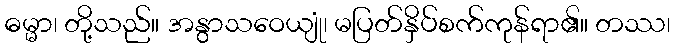
ဓမ္မာ၊ တို့သည်။ အနွာသဝေယျုံ၊ မပြတ်နှိပ်စက်ကုန်ရာ၏။ တဿ၊